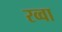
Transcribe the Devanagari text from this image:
रव्वा